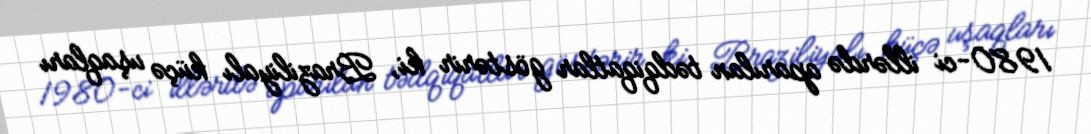
1980-ci illərdə aparılan tədqiqatlar göstərir ki, Braziliyalı küçə uşaqları